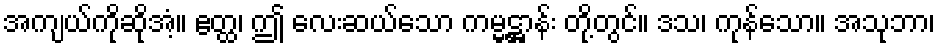
အကျယ်ကိုဆိုအံ့။ ဧတ္ထ၊ ဤ လေးဆယ်သော ကမ္မဋ္ဌာန်း တို့တွင်။ ဒသ၊ ကုန်သော။ အသုဘာ၊